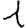
Digit: 1